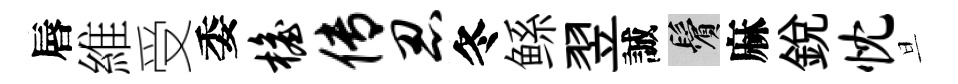
唇維受委檐传忍冬鲧翌誠鬢麻銳忱旦